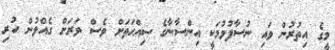
މީގެ އިތުރުން ވައި ނުސާފުވުމަކީ އިންސާނާގެ ޞިއްޙަތަށް ވެސް ވަރަށް ގެއްލުން ހުރި